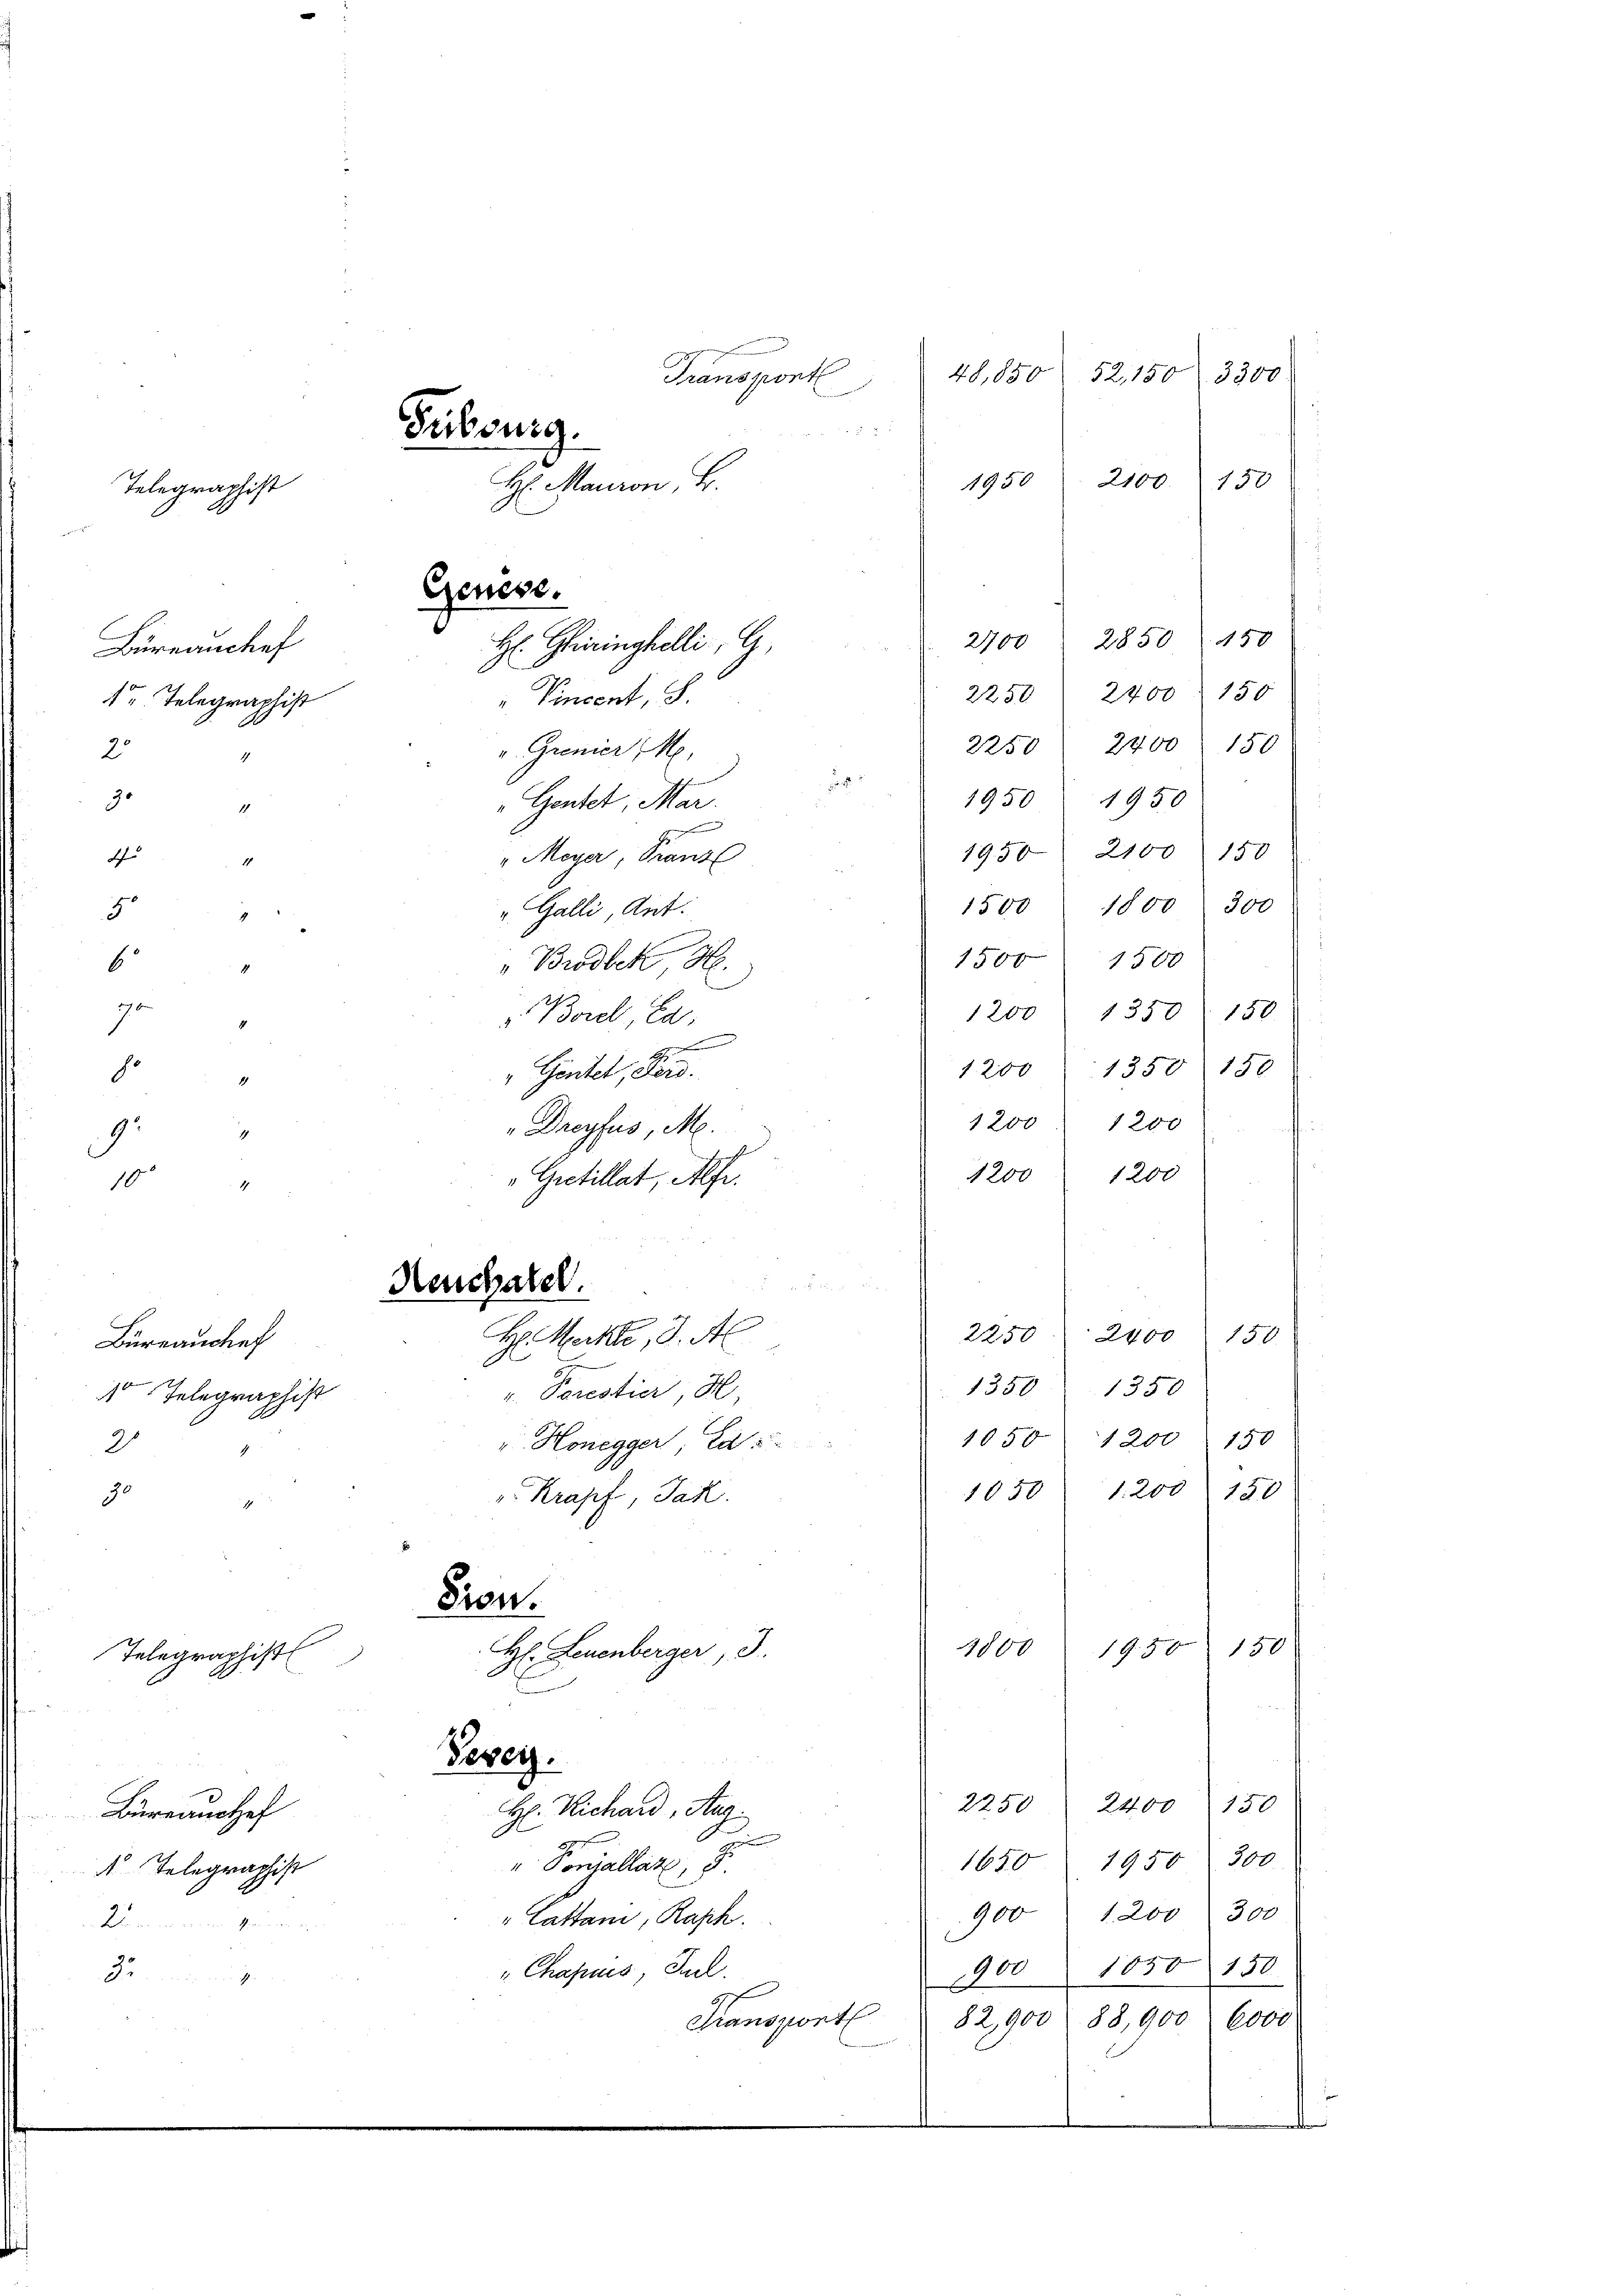
Telegraphist

Büreanchef
1 Telegraphist
20
4

48,850 52,150. 3300
Transport
s
2100. 150
1950
450
2850
2700
2400 150
2250
Vincent, S.
2400
150
2250
v. Grenier (M.

3.
1950
1950
"Gentel, Mar.
1
" Meyer, Kranz  1950 2100 150
d
1
300
1500
1800
". Galli, Ant:
ge
1500
1500
6
"Brodbek H.
go
1200 1350 150
v. Borel Ca
.
H
1200 1350 150
h.
"Gentel, Ferd.
4
1200 " 1200
Dreyfus, M.
1
9
1200
1200
"Grtillat, Alfe.
10
4
Neuchatel.
2250
2400
H. Meckle, d. Al
150
Büreauchef
1350
1350
u. Porestier, H
 Telegraphist
1200 150
1050
" Honegger, Ed
21
1050 1200 150
90
Krapf, Jak.
1
Fion.
150
1800
H: Leuenberger, 3.
19.50
Telegraphist
Perey.
2250 2400 150
H. Richard, Aug.
Büreaushef
1650 1950: 300
 Ponjallate, 8.
 Telegraphist
1. 200 300
900
" Cattani, Rasch.
Then in ein de
1050 150
"Chapuis, Jul.
2
900
1
82,900. 88,900. 6000
Transport

Feibburg.
H: Mauron, 4.
Genese.
H: Geringhelli, G